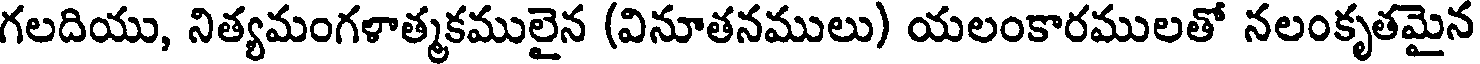
గలదియు, నిత్యమంగళాత్మకములైన (వినూతనములు) యలంకారములతో నలంకృతమైన